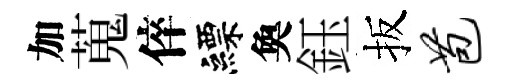
加蒐倅縹奐鈺扳苞